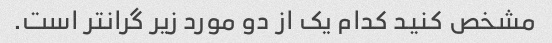
مشخص کنید کدام یک از دو مورد زیر گرانتر است.